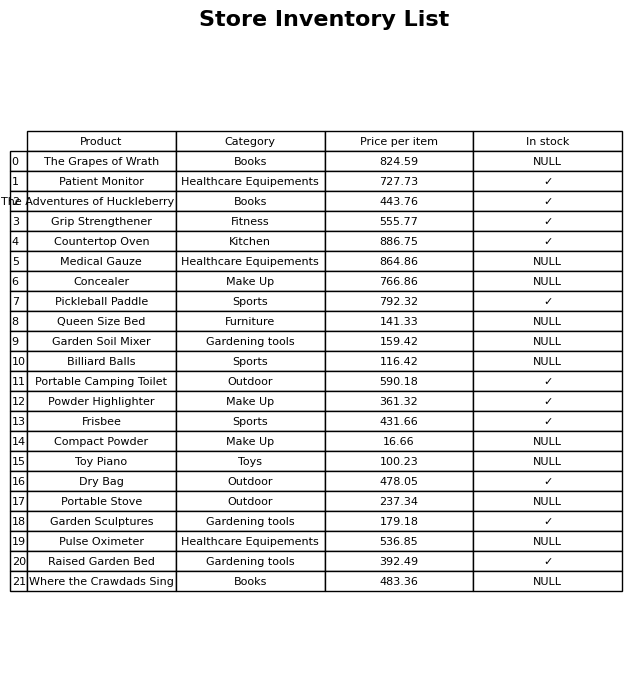
question: What is the price of the Garden Soil Mixer?
answer: The price of Garden Soil Mixer is 159.42.